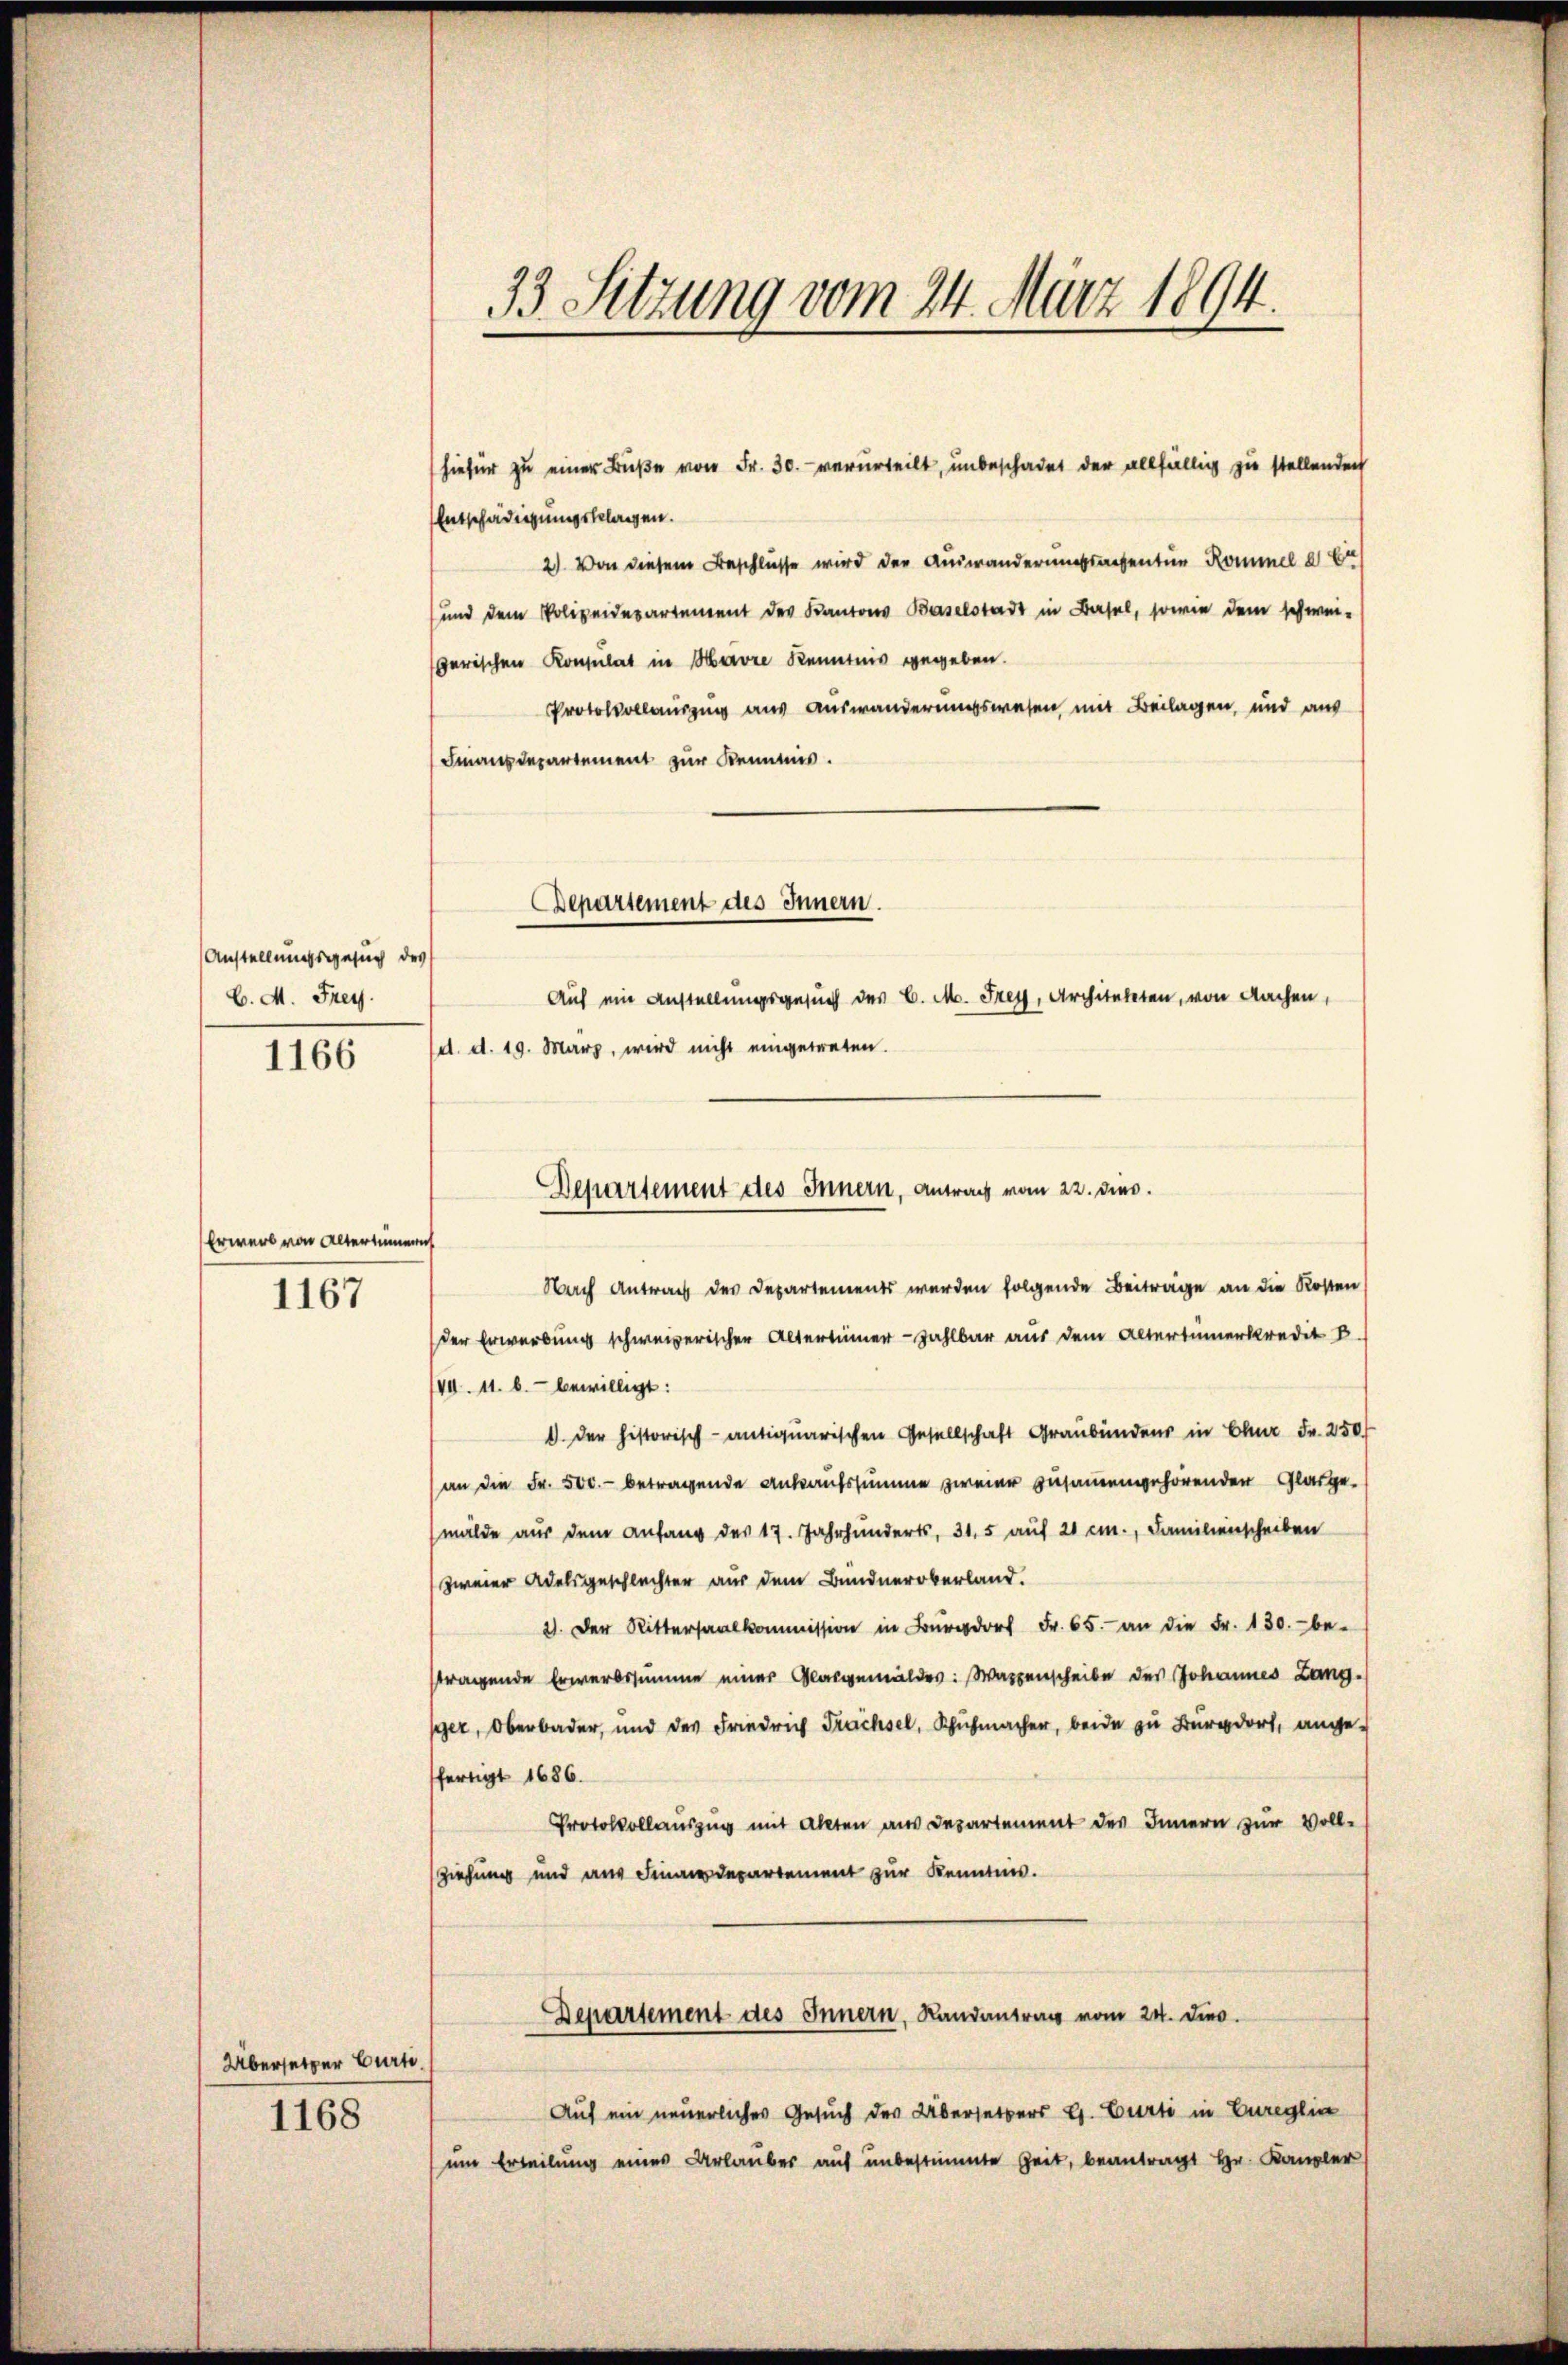
Anstellungsgesuch des
C.M. Frey.

1166

Erwerb von Altertümern

1167

Übersetzer Curti.

1168

33. Setzung vom 24. März 1894.

hiefür zu einer Buße von Fr. 30. verurteilt, unbeschadet der allfällig zu stellenden
Entschädigungsklagen.
2) Von diesem Beschlüsse wird der Auswanderungsansentin Rommel 2 Ei
und dem Polizeidesartement der Kantons Baselstadt in Basel, sowie dem schwei-
erischen Konsulat in Havre Kenntnis gegeben.
Protokollauszug aus Auswanderungswesen mit Beilagen, und aus
Finanzdepartement zur Kenntnis.
Auf ein Anstellungsgesuch des C. M. Frey, Architekten, von Aachen,
(d. d. 19. März, wird nicht eingetreten.
Nach Antrag des Departements werden folgende Beiträge an die Kosten
der Erwerbung schweizerischer Altertümer zahlbar aus dem Altertümerkredit B
VII. 11. b. bewilligt:
1. Der historisch-antiquarischen Gesellschaft Graubünden in Ohr Fr. 250
(an die Fr. 500.- betragende Ankaufssumme zweier zusammengehörenden Glasge-
mälde aus dem Anfang des 17. Jahrhunderts, 315 auf 20 cm., Familienscheiben
zweier Adelsgeschlechter aus dem Bündneroberland.
21. Der Rittersaalkommission in Für Fr. 65. an die Fr. 130.- be-
tragende Erwerbssumme einer Glasgemäldes: Wassenscheibe des Johannes Lang-
ger, Oberbader, und des Friedrich Trachsel, Schuhmacher, beide zu Burgdor, ange-
fertigt 1686.
Protokollauszug mit Akten aus Departement des Innern zur Voll-
Ziehung und aus Finanzdepartement zur Kenntnis.
Departement des Innern, Landantrag vom 24. dies.
Auf ein neuerliches Gesuch des Übersetzers Hs. Curti in Eureglin
um Erteilung eines Urlaubes auf unbestimmte Zeit, beantragt Hr. Kanzler

Departement des Innern.

Departement des Innern, Antrag vom 22. dies